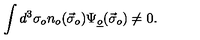
\int d ^ { 3 } \sigma _ { o } n _ { o } ( \vec { \sigma } _ { o } ) \Psi _ { \underline { { o } } } ( \vec { \sigma } _ { o } ) \neq 0 .